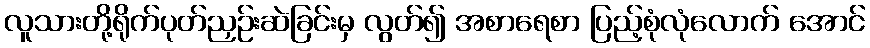
လူသားတို့ရိုက်ပုတ်ညှဉ်းဆဲခြင်းမှ လွတ်၍ အစာရေစာ ပြည့်စုံလုံလောက် အောင်